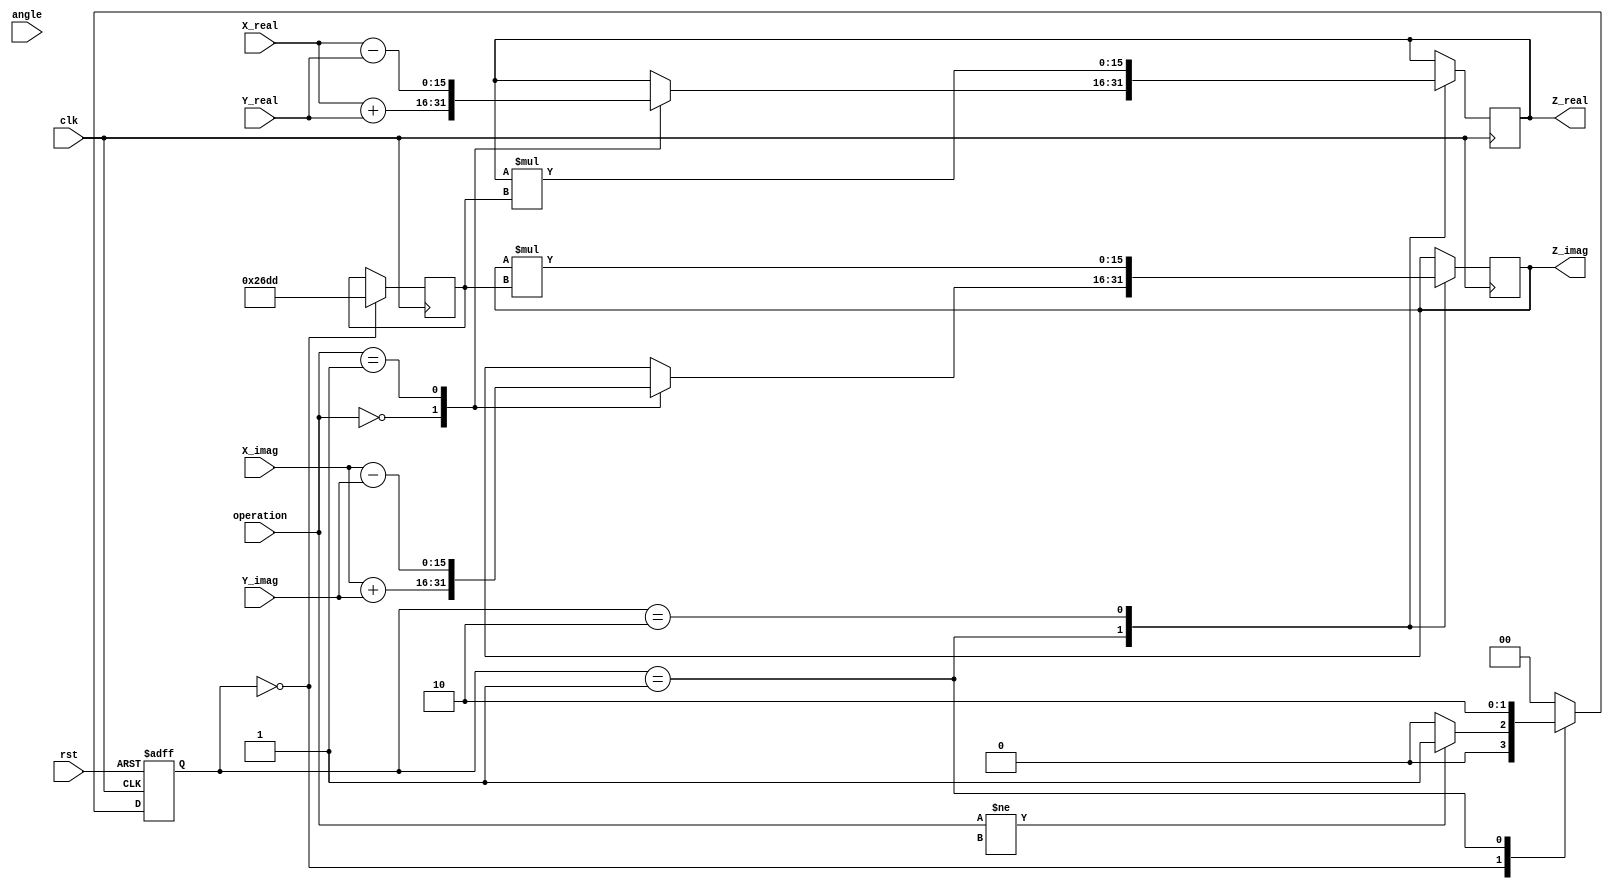
module Complex_CORDIC #(
    parameter WIDTH = 16, // Bit width for fixed-point representation
    parameter ITERATIONS = 16 // Number of CORDIC iterations
)(
    input wire clk,
    input wire rst,
    input wire [WIDTH-1:0] X_real,
    input wire [WIDTH-1:0] X_imag,
    input wire [WIDTH-1:0] Y_real,
    input wire [WIDTH-1:0] Y_imag,
    input wire [2:0] operation, // 0: Add, 1: Subtract, 2: Multiply, 3: Divide
    input wire [WIDTH-1:0] angle, // Angle input for rotation
    output reg [WIDTH-1:0] Z_real,
    output reg [WIDTH-1:0] Z_imag
);

// CORDIC parameters
localparam K = 16'h26DD; // Scaling factor (K) for CORDIC
localparam ADD = 3'b000, SUB = 3'b001, MUL = 3'b010, DIV = 3'b011;

// State encoding for FSM
localparam IDLE = 2'b00, COMPUTE = 2'b01, DONE = 2'b10;
reg [1:0] state, next_state;

// Internal registers
reg [WIDTH-1:0] x, y, z;
reg [WIDTH-1:0] z_temp;
reg [WIDTH-1:0] angle_table[0:ITERATIONS-1]; // Lookup table for angles
reg [WIDTH-1:0] K_scale; // Scaling factor to be applied

// Initialization of angle table
initial begin
    // Populate the angle table with arctangent values for CORDIC
    angle_table[0] = 16'h2000; // atan(2^-0) in fixed-point
    angle_table[1] = 16'h1333; // atan(2^-1)
    angle_table[2] = 16'h0A3D; // atan(2^-2)
    angle_table[3] = 16'h0523; // atan(2^-3)
    // ... Continue for more iterations
end

// FSM for control
always @(posedge clk or posedge rst) begin
    if (rst) begin
        state <= IDLE;
    end else begin
        state <= next_state;
    end
end

// Next state logic
always @(*) begin
    case (state)
        IDLE: begin
            if (operation != 3'bxxx) // If an operation is requested
                next_state = COMPUTE;
            else
                next_state = IDLE;
        end
        COMPUTE: begin
            next_state = DONE; // Transition to DONE after computation
        end
        DONE: begin
            next_state = IDLE; // Return to IDLE state
        end
        default: next_state = IDLE;
    endcase
end

// Main computation block
always @(posedge clk) begin
    case (state)
        IDLE: begin
            // Initialize inputs
            x <= X_real;
            y <= X_imag;
            z <= angle;
            K_scale <= K; // Initialize scaling factor
        end
        COMPUTE: begin
            // Perform selected operation
            case (operation)
                ADD: begin
                    Z_real <= X_real + Y_real;
                    Z_imag <= X_imag + Y_imag;
                end
                SUB: begin
                    Z_real <= X_real - Y_real;
                    Z_imag <= X_imag - Y_imag;
                end
                MUL: begin
                    // CORDIC multiplication operation
                    // Iterative CORDIC rotation logic here
                    // Not fully implemented in this example
                end
                DIV: begin
                    // CORDIC division operation
                    // Vectoring mode implementation here
                    // Not fully implemented in this example
                end
            endcase
        end
        DONE: begin
            // Apply scaling and finalize output
            Z_real <= Z_real * K_scale;
            Z_imag <= Z_imag * K_scale;
        end
    endcase
end

endmodule